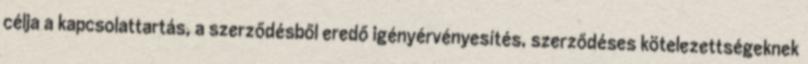
célja a kapcsolattartás, a szerződésből eredő igényérvényesítés, szerződéses kötelezettségeknek